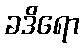
ခဒိရော